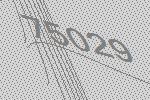
75029